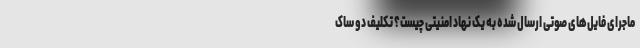
ماجرای فایل‌های صوتی ارسال شده به یک نهاد امنیتی چیست؟ تکلیف دو ساک